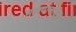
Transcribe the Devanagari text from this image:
माष्यांकडून